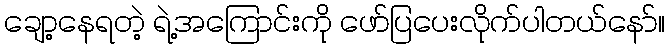
ချော့နေရတဲ့ ရဲ့အကြောင်းကို ဖော်ပြပေးလိုက်ပါတယ်နော်။